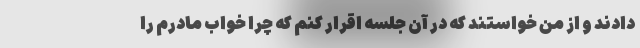
دادند و از من خواستند که در آن جلسه اقرار کنم که چرا خواب مادرم را